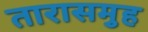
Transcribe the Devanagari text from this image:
तारासमुह